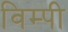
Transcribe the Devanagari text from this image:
विम्पी